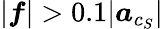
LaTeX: |\boldsymbol{f}|>0.1|\boldsymbol{a}_{c_{S}}|